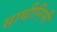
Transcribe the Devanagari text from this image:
साथीनिंनी